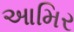
આમિર